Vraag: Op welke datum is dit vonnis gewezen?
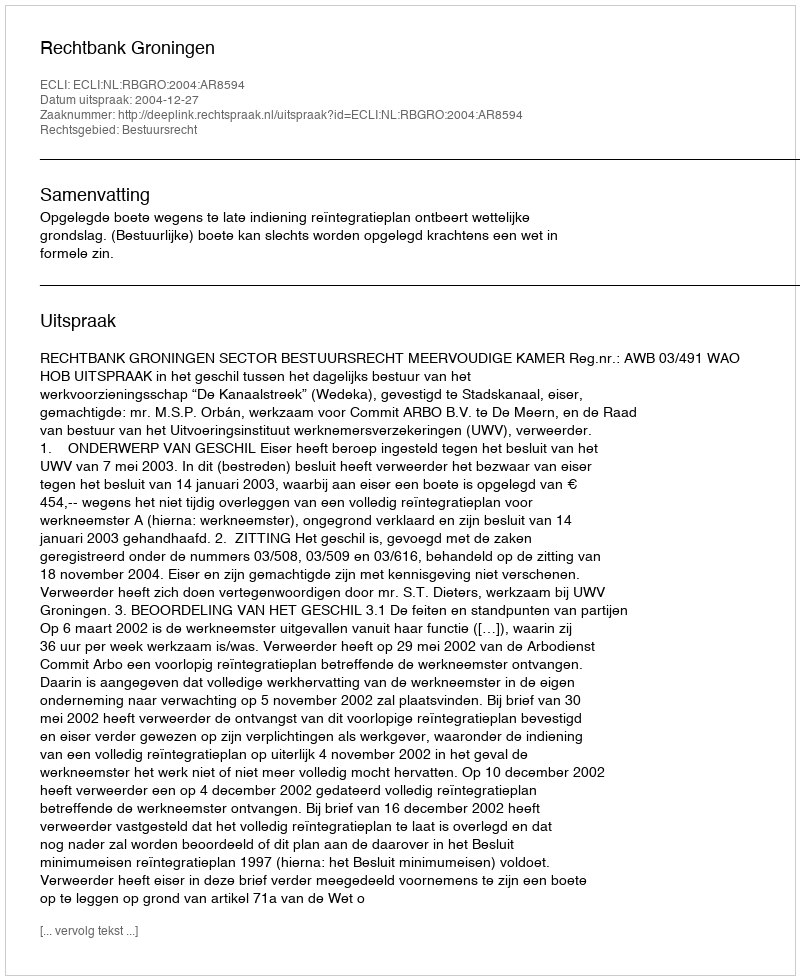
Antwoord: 2004-12-27